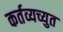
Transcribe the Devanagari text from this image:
कर्तव्यच्युत